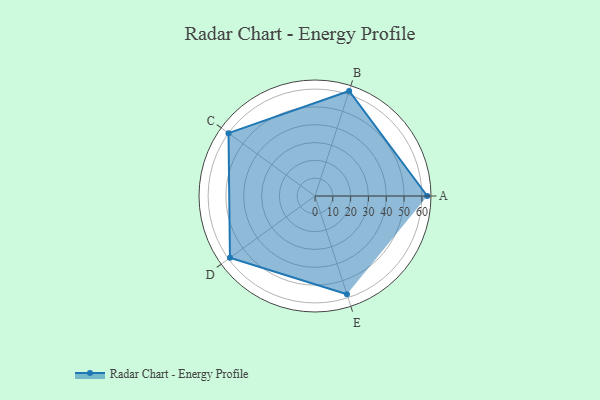
{"axis": {"x": "Skill", "y": "Score"}, "legend": ["Profile"], "data": [{"x": "A", "y": 63.0, "type": "Profile"}, {"x": "B", "y": 62.0, "type": "Profile"}, {"x": "C", "y": 60.0, "type": "Profile"}, {"x": "D", "y": 59.0, "type": "Profile"}, {"x": "E", "y": 58.0, "type": "Profile"}]}